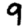
Digit: 9